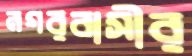
নগরবাসীর